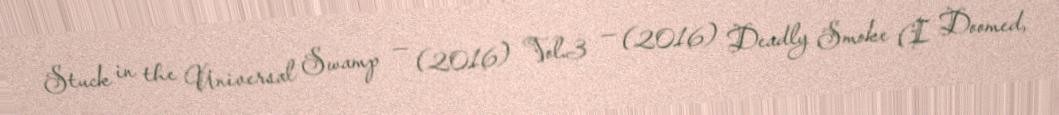
Stuck in the Universal Swamp — (2016) Vol.3 — (2016) Deadly Smoke (I. Doomed,